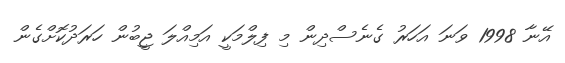
އޭނާ 1998 ވަނަ އަހަރު ގެނެސްދިން މި ފިލްމަކީ އަމިއްލަ ޖީބުން ހަރަދުކޮށްގެން